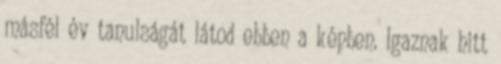
másfél év tanulságát látod ebben a képben. Igaznak hitt